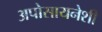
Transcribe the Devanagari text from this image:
अपोसायनेशी